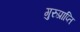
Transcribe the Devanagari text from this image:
गुरुप्राप्ति